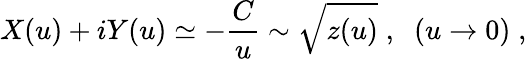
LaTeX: X(u)+iY(u)\simeq-\frac{C}{u}\sim\sqrt{z(u)}\; ,\; \; (u\rightarrow 0)\; ,